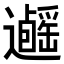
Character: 𨙃